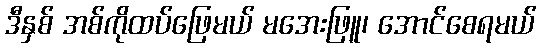
ဒီနှစ် အစ်ကိုထပ်ဖြေမယ် မအေးဖြူ၊ အောင်စေရမယ်